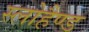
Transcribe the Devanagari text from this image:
स्लोहैण्ड